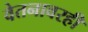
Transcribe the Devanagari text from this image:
वेतनावरही